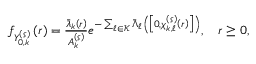
\begin{array} { r } { f _ { Y _ { 0 , k } ^ { \left( \varsigma \right) } } \left( r \right) = \frac { \bar { \lambda } _ { k } \left( r \right) } { A _ { k } ^ { \left( \varsigma \right) } } e ^ { - \sum _ { \ell \in \mathcal { K } } { \bar { \Lambda } _ { \ell } \left( \left[ 0 , \chi _ { k , \ell } ^ { \left( \varsigma \right) } \left( r \right) \right] \right) } } , \quad r \ge 0 , } \end{array}